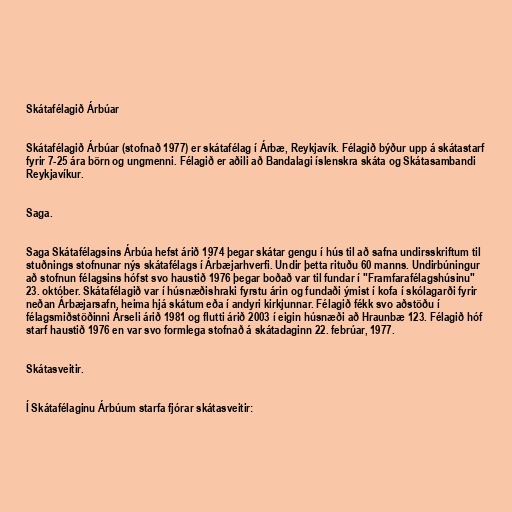
Skátafélagið Árbúar

Skátafélagið Árbúar (stofnað 1977) er skátafélag í Árbæ, Reykjavík. Félagið býður upp á skátastarf
fyrir 7-25 ára börn og ungmenni. Félagið er aðili að Bandalagi íslenskra skáta og Skátasambandi
Reykjavíkur.

Saga.

Saga Skátafélagsins Árbúa hefst árið 1974 þegar skátar gengu í hús til að safna undirsskriftum til
stuðnings stofnunar nýs skátafélags í Árbæjarhverfi. Undir þetta rituðu 60 manns. Undirbúningur
að stofnun félagsins hófst svo haustið 1976 þegar boðað var til fundar í "Framfarafélagshúsinu"
23. október. Skátafélagið var í húsnæðishraki fyrstu árin og fundaði ýmist í kofa í skólagarði fyrir
neðan Árbæjarsafn, heima hjá skátum eða í andyri kirkjunnar. Félagið fékk svo aðstöðu í
félagsmiðstöðinni Árseli árið 1981 og flutti árið 2003 í eigin húsnæði að Hraunbæ 123. Félagið hóf
starf haustið 1976 en var svo formlega stofnað á skátadaginn 22. febrúar, 1977.

Skátasveitir.

Í Skátafélaginu Árbúum starfa fjórar skátasveitir: